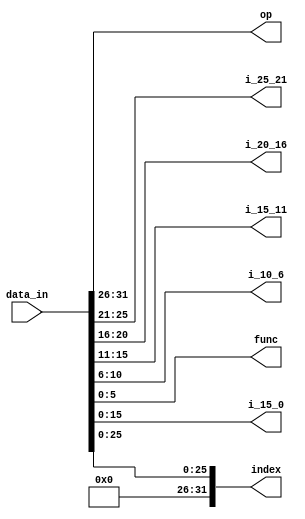
module DEC(data_in,op,i_25_21,i_20_16,i_15_11,i_10_6,func,i_15_0,index);
    input [31:0]data_in;
    output [5:0] op,func;
    output [4:0] i_25_21,i_20_16,i_15_11,i_10_6;
    output [15:0] i_15_0;
    output [31:0] index;
    
    assign op = data_in[31:26];
    assign i_25_21 = data_in[25:21];
    assign i_20_16 = data_in[20:16];
    assign i_15_11 = data_in[15:11];
    assign i_10_6 = data_in[10:6];
    assign func = data_in[5:0];
    assign i_15_0 = data_in[15:0];
    assign index[25:0] = data_in[25:0];
    assign index[31:26] = 0;

endmodule